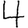
Digit: 4